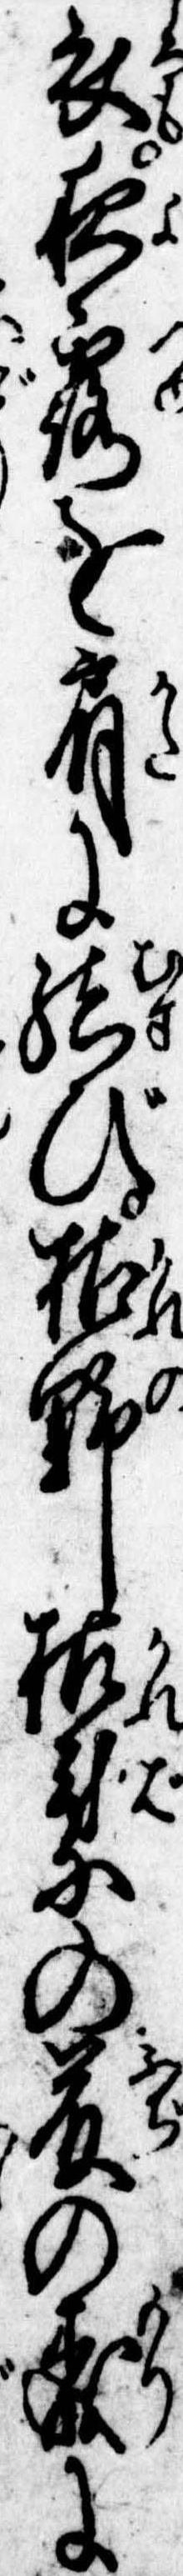
衣夜露を肩に結び枯野枯葉の藤の森に